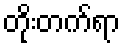
တိုးတက်ရာ